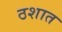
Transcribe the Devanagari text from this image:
ठशात